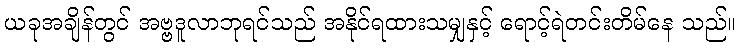
ယခုအချိန်တွင် အဗ္ဗဒူလာဘုရင်သည် အနိုင်ရထားသမျှနှင့် ရောင့်ရဲတင်းတိမ်နေ သည်။